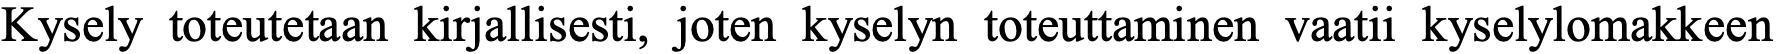
Kysely toteutetaan kirjallisesti, joten kyselyn toteuttaminen vaatii kyselylomakkeen